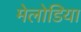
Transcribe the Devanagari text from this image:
मेलोडिया